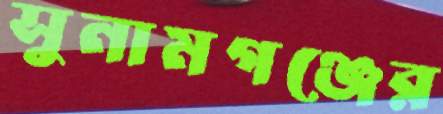
সুনামগঞ্জের